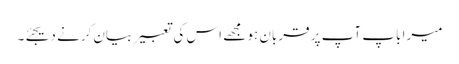
میرا باپ آپ پر قربان ہو مجھے اس کی تعبیر بیان کرنے دیجئے۔